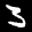
Label: 3